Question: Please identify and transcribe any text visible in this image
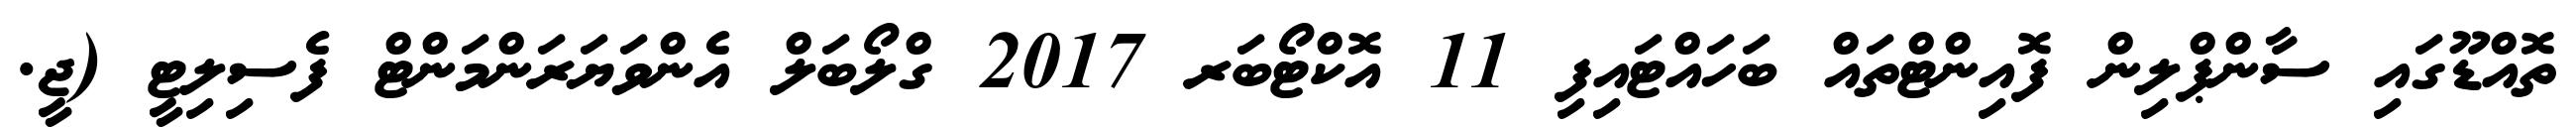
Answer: ތޮއްޑޫގައި ސާންޕްލިން ފޮއިންޓްތައް ބަހައްޓައިފި 11 އޮކްޓޯބަރ 2017 ގްލޯބަލް އެންވަޔަރަންމަންޓް ފެސިލިޓީ (ޖީ.